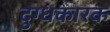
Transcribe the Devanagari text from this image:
दुग्धकारक